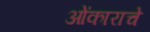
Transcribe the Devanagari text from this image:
ओंकाराचे